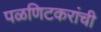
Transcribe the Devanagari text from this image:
पळणिटकरांची